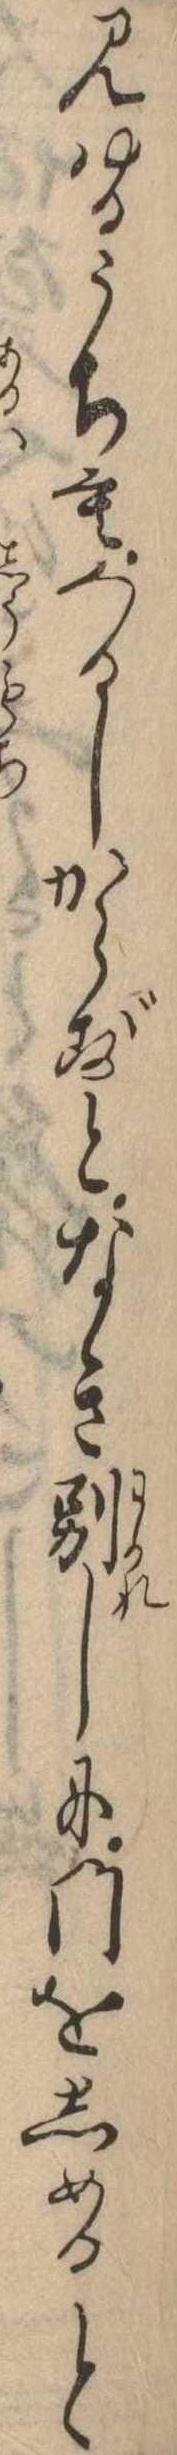
見ゆるうちもくるしからずとなき別しに門をしめると